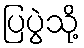
ပြပွဲသို့